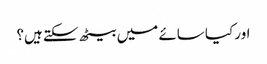
اور کیا سائے میں بیٹھ سکتے ہیں؟